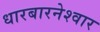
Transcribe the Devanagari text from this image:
धारबारनेश्‍वार